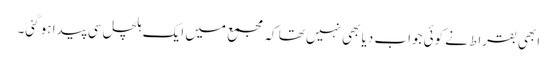
ابھی بقراط نے کوئی جواب دیا بھی نہیں تھا کہ مجمع میں ایک ہلچل سی پیدا ہو گئی۔